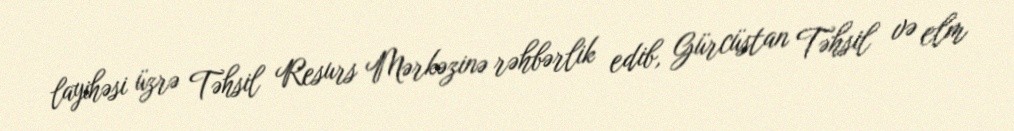
layihəsi üzrə Təhsil Resurs Mərkəzinə rəhbərlik edib, Gürcüstan Təhsil və elm